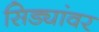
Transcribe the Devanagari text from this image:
सिड्यांवर